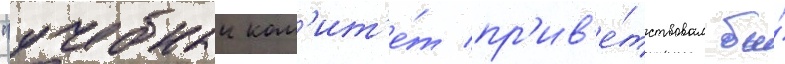
"учебныи ком'ит'е́т пр'ив'е́тствовал бы́